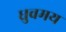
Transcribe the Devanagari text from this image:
ध्रुवमय